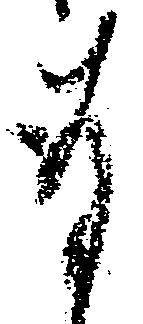
存